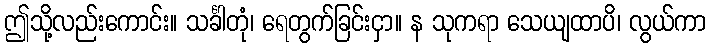
ဤသို့လည်းကောင်း။ သင်္ခါတုံ၊ ရေတွက်ခြင်းငှာ။ န သုကရာ သေယျထာပိ၊ လွယ်ကာ